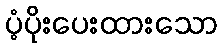
ပံ့ပိုးပေးထားသော